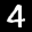
Label: 4